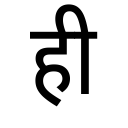
OCR:
ही